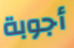
أجوبة